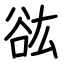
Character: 谹